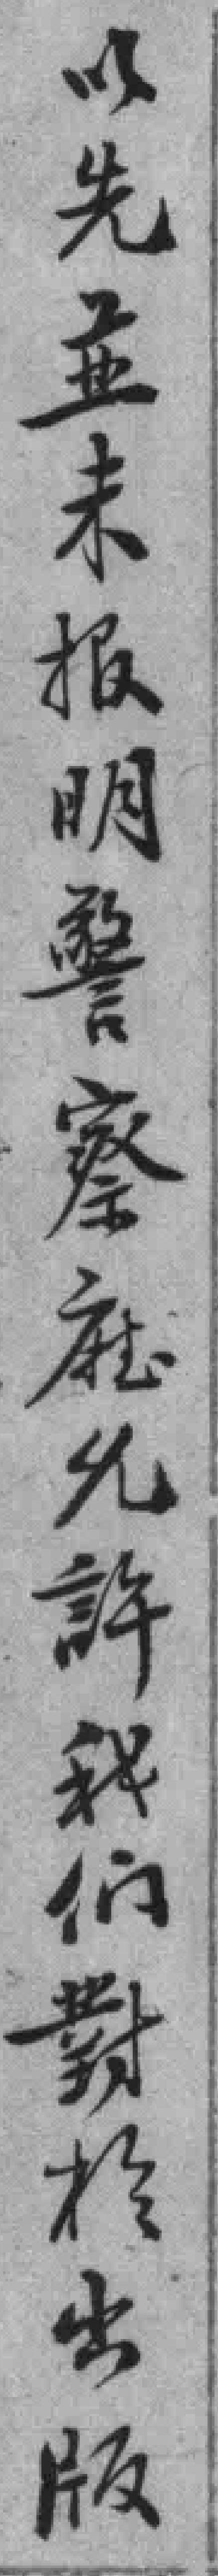
以先並未报明警察廳允許我們對於出版